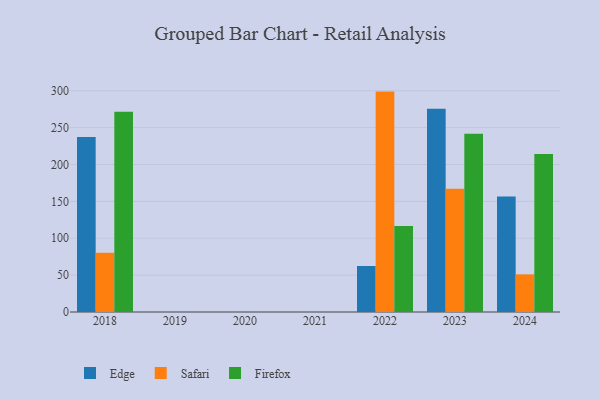
{"axis": {"x": "Year", "y": "Gross Profit (USD K)"}, "legend": ["Edge", "Firefox", "Safari"], "data": [{"x": "2024", "y": 156.6, "type": "Edge"}, {"x": "2024", "y": 51.0, "type": "Safari"}, {"x": "2024", "y": 214.1, "type": "Firefox"}, {"x": "2023", "y": 275.6, "type": "Edge"}, {"x": "2023", "y": 167.2, "type": "Safari"}, {"x": "2023", "y": 241.6, "type": "Firefox"}, {"x": "2022", "y": 62.4, "type": "Edge"}, {"x": "2022", "y": 298.8, "type": "Safari"}, {"x": "2022", "y": 116.5, "type": "Firefox"}, {"x": "2018", "y": 237.3, "type": "Edge"}, {"x": "2018", "y": 80.3, "type": "Safari"}, {"x": "2018", "y": 271.4, "type": "Firefox"}]}